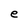
Character: e